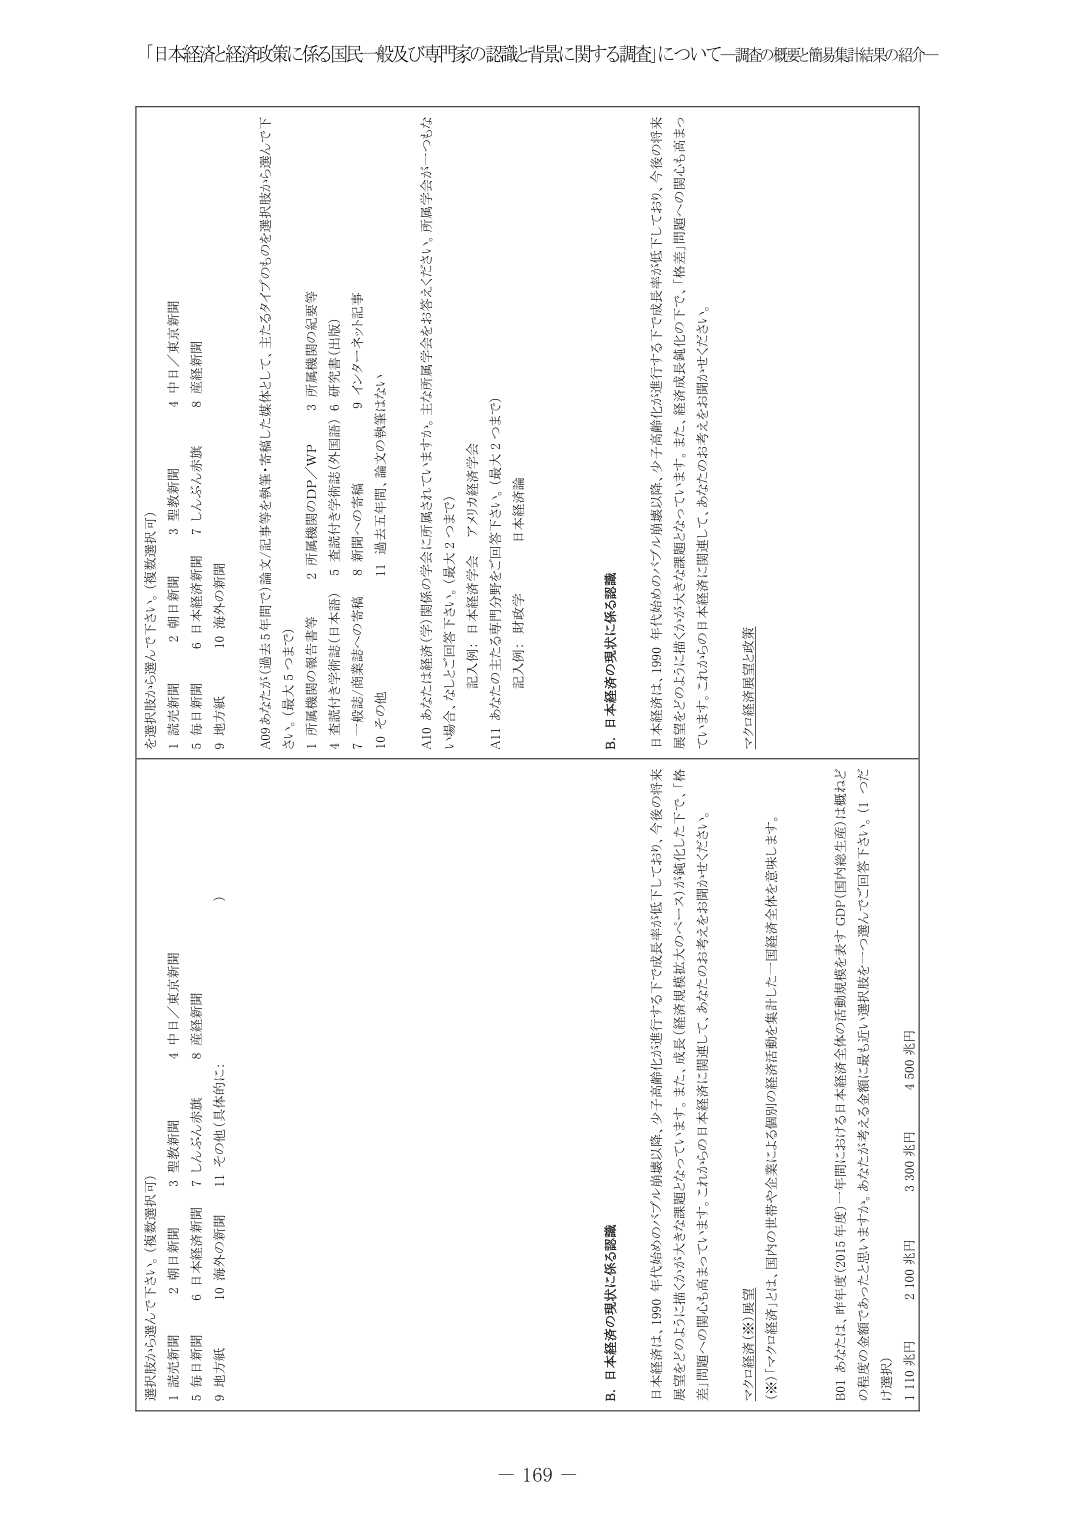
「日本経済と経済政策に係る国民一般及び専門家の認識と背景に関する調査」について－調査の概要と簡易集計結果の紹介－

選択肢から選んで下さい。（複数選択可）
1 読売新聞
2 朝日新聞
3 聖教新聞
4 中日／東京新聞
5 毎日新聞
6 日本経済新聞
7 しんぶん赤旗
8 産経新聞
9 地方紙
10 海外の新聞
11 その他（具体的に： ）

選択肢から選んで下さい。（複数選択可）
1 読売新聞
2 朝日新聞
3 聖教新聞
4 中日／東京新聞
5 毎日新聞
6 日本経済新聞
7 しんぶん赤旗
8 産経新聞
9 地方紙
10 海外の新聞

A09 あなたが（過去5年間で）論文／記事等を執筆・寄稿した媒体として、主たるタイプのものを選択肢から選んで下
さい。（最大5つまで）
1 所属機関の報告書等
2 所属機関のDP／WP
3 所属機関の紀要等
4 査読付き学術誌（日本語）
5 査読付き学術誌（外国語） 6 研究書（出版）
7 一般誌／商業誌への寄稿
8 新聞への寄稿
9 インターネット記事
10 その他
11 過去五年間、論文の執筆はない

A10 あなたは経済（学）関係の学会に所属されていますか。主な所属学会をお答えください、所属学会が一つもな
い場合、なしとご回答下さい。（最大2つまで）
記入例：日本経済学会 アメリカ経済学会

A11 あなたの主たる専門分野をご回答下さい。（最大2つまで）
記入例：財政学 日本経済論

B. 日本経済の現状に係る認識

日本経済は、1990年代始めのバブル崩壊以降、少子高齢化の進行する下で成長率が低下しており、今後の将来
展望をどのように描くかが大きな課題になっています。また、経済成長鈍化の下で、「格差」問題への関心も高まっ
ています。これからの日本経済に関連して、あなたの考え方をお聞かせください。

マクロ経済（※）展望

（※）「マクロ経済」とは、国内の世帯や企業による個別の経済活動を集計した一国経済全体を意味します。

B01 あなたは、昨年度（2015年度）一年間に於ける日本経済全体の活動規模を表すGDP（国内総生産）は概ねど
の程度の金額であったと思いますか。あなたが考える金額に最も近い選択肢を一つ選んでご回答下さい。（1つだ
け選択）
1 110 兆円
2 100 兆円
3 300 兆円
4 500 兆円

B. 日本経済の現状に係る認識

日本経済は、1990年代始めのバブル崩壊以降、少子高齢化の進行する下で成長率が低下しており、今後の将来
展望をどのように描くかが大きな課題になっています。また、経済成長鈍化の下で、「格差」問題への関心も高まっ
ています。これからの日本経済に関連して、あなたの考え方をお聞かせください。

マクロ経済展望（政策）

－ 169 －